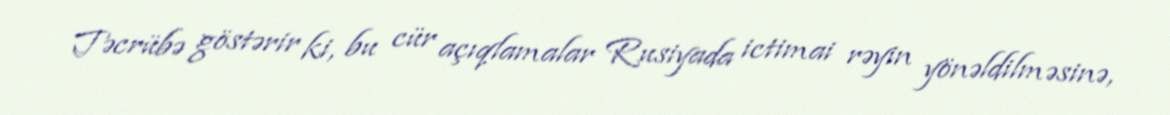
Təcrübə göstərir ki, bu cür açıqlamalar Rusiyada ictimai rəyin yönəldilməsinə,